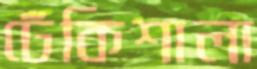
ঢেঁকিশালা